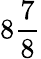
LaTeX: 8\frac 78